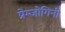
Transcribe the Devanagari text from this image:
प्रेम्जोगिनी